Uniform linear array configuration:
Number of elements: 32
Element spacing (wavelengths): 0.25
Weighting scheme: kaiser
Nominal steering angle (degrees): -30
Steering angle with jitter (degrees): -29.61
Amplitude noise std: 0.05
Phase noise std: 0.05

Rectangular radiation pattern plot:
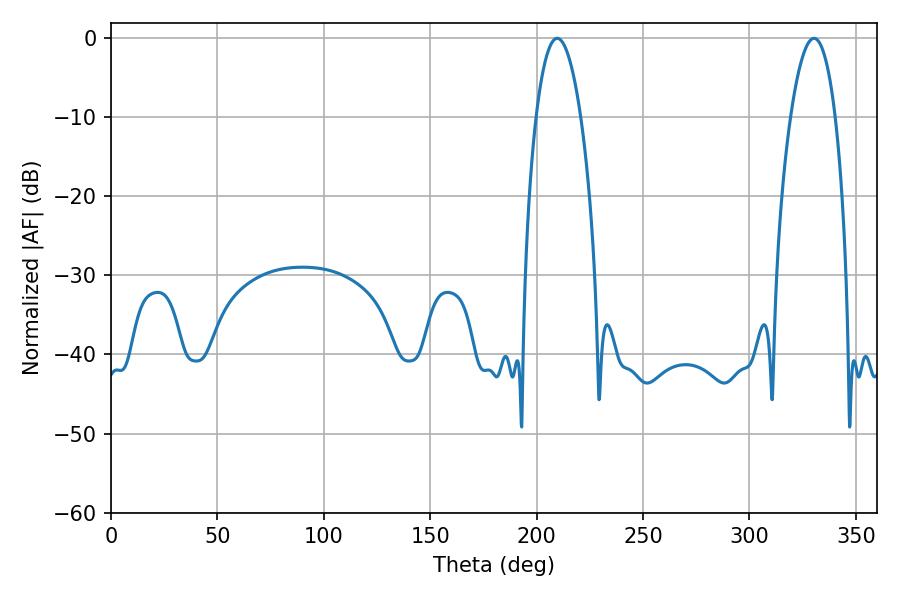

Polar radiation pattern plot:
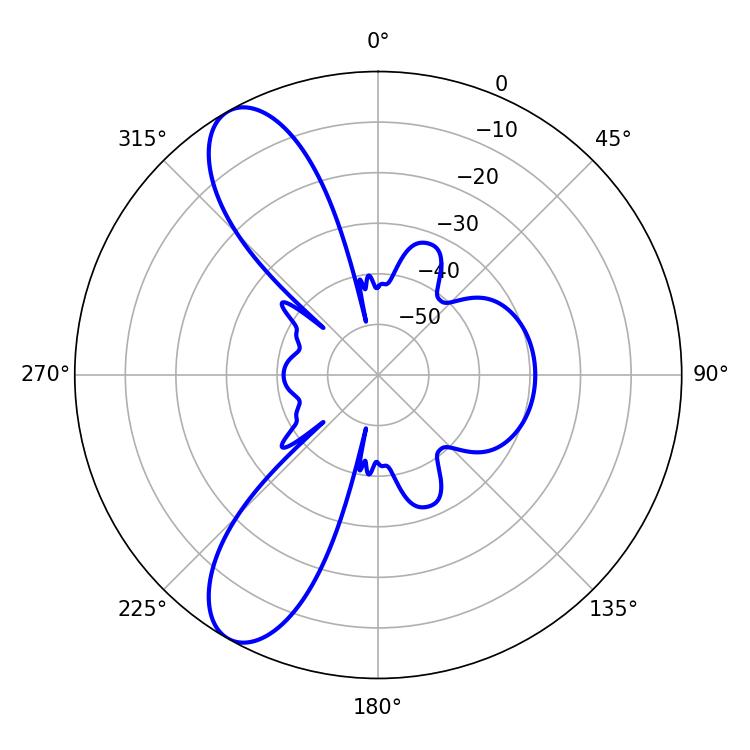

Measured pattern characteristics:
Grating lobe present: FALSE
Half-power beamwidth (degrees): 11.7
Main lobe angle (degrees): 209.7